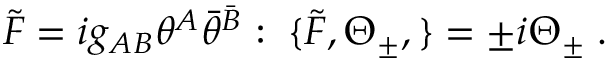
{ \tilde { \cal F } } = i g _ { A B } \theta ^ { A } { \bar { \theta } } ^ { \bar { B } } : \; \{ { \tilde { \cal F } } , \Theta _ { \pm } , \} = \pm i \Theta _ { \pm } \; .